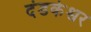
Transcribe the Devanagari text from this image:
दंडकेश्वर